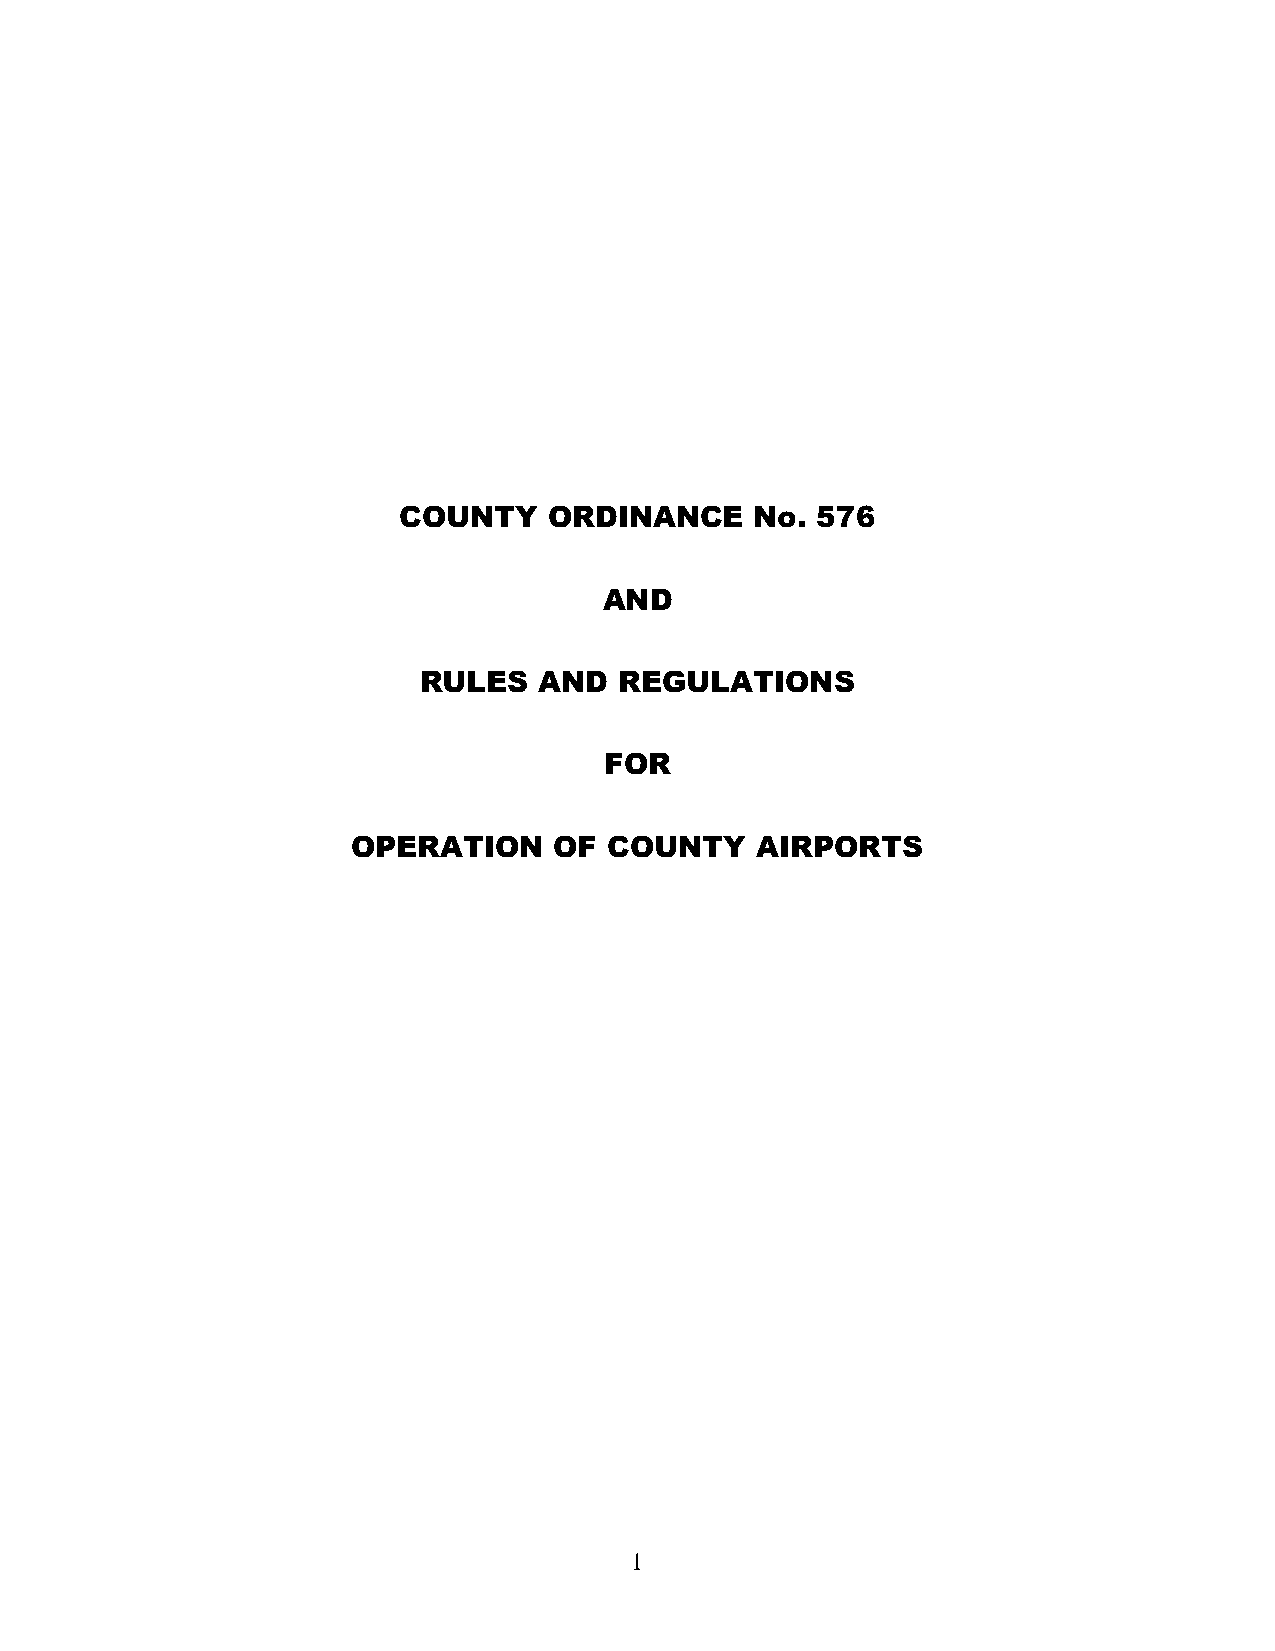
COUNTY    ORDINANCE     No. 576
 AND
 RULES   AND  REGULATIONS
 FOR
 OPERATION     OF COUNTY    AIRPORTS
 1